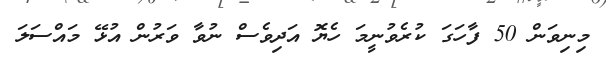
މިނިވަން 50 ފާހަގަ ކުރެވުނީމަ ހެޔޮ އަދިވެސް ނުވާ ވަރުން އުޅޭ މައްސަލަ